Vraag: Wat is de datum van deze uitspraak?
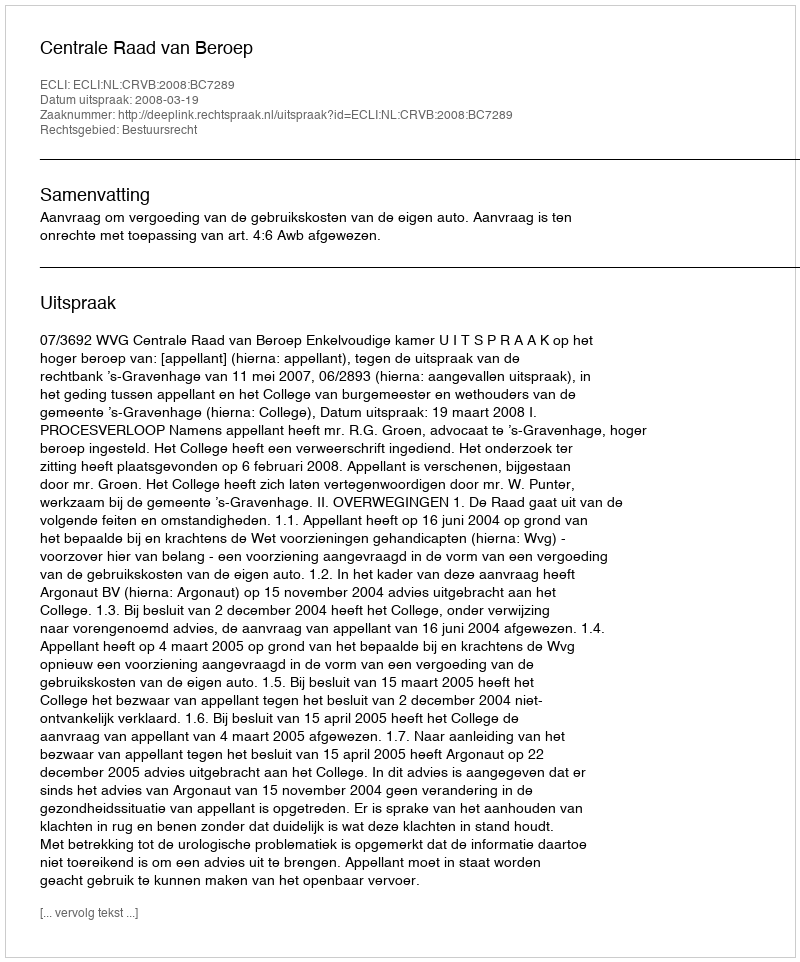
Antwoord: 2008-03-19